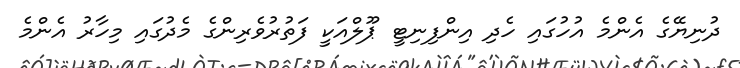
ދުނިޔޭގެ އެންމެ އުހުގައި ހެދި އިންފިނިޓީ ޕޫލްއަކީ ފަތުރުވެރިންގެ މެދުގައި މިހާރު އެންމެ